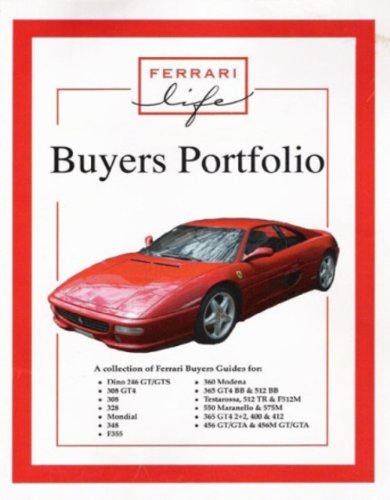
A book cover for Ferrari Life Buyers Portfolio; Engineering & Transportation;